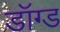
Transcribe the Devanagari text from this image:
डॉग्ड